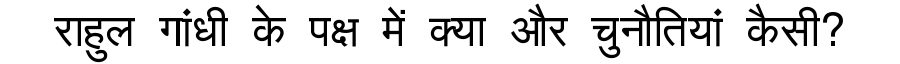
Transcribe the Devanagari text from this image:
राहुल गांधी के पक्ष में क्या और चुनौतियां कैसी?